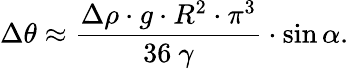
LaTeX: \Delta\theta\approx\frac{\Delta\rho\cdot g\cdot R^{2}\cdot\pi^{3}}{36~\gamma}\cdot\sin\alpha.